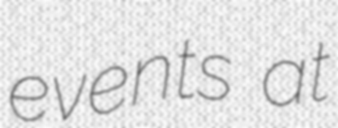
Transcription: events at